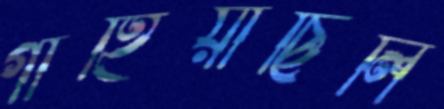
গাহিয়াছিলি